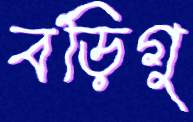
বড়িগু